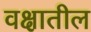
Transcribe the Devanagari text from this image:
वक्षातील